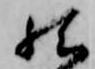
然